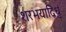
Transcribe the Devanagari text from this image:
शरभयाद्विधुं